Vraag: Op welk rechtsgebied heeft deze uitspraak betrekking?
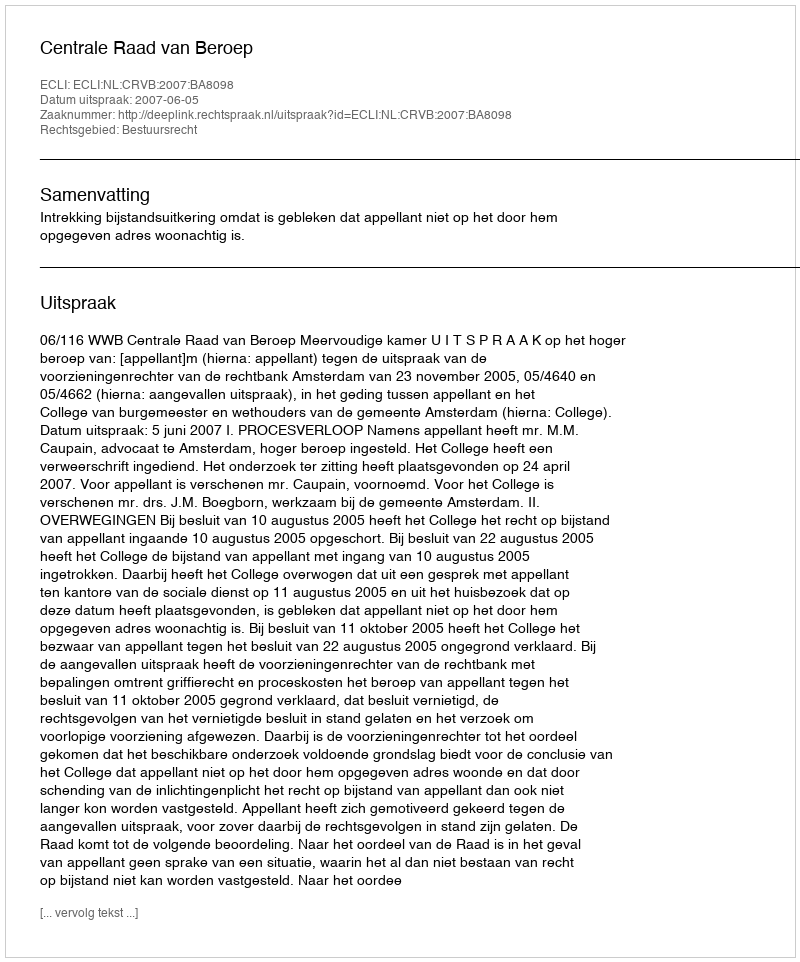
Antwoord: Bestuursrecht